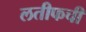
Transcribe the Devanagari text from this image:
लतीफची